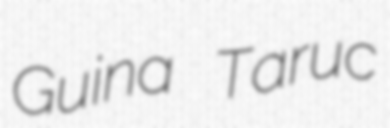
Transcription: Guina Taruc